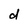
Character: d